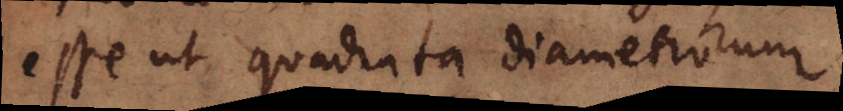
esse ut quadrata diametrorum.